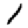
Digit: 1